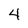
Character: 4